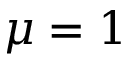
\mu = 1